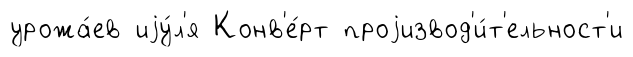
урожа́ев иjу́л'я Конв'е́рт проjизвод'и́т'ельност'и